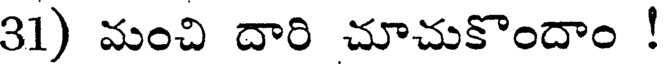
31) మంచి దారి చూచుకొందాం !